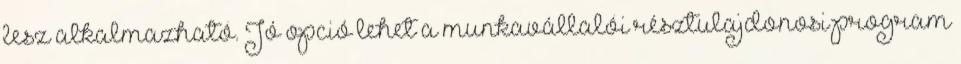
lesz alkalmazható. Jó opció lehet a munkavállalói résztulajdonosi program